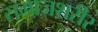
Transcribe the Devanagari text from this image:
समाजशरीर